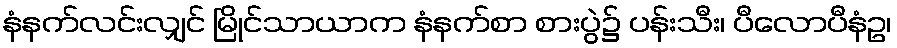
နံနက်လင်းလျှင် မြိုင်သာယာက နံနက်စာ စားပွဲ၌ ပန်းသီး၊ ပီလောပီနံဥ၊